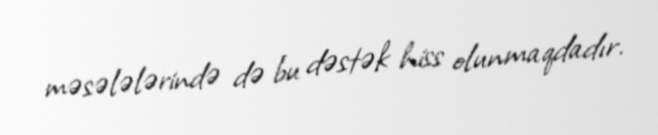
məsələlərində də bu dəstək hiss olunmaqdadır.